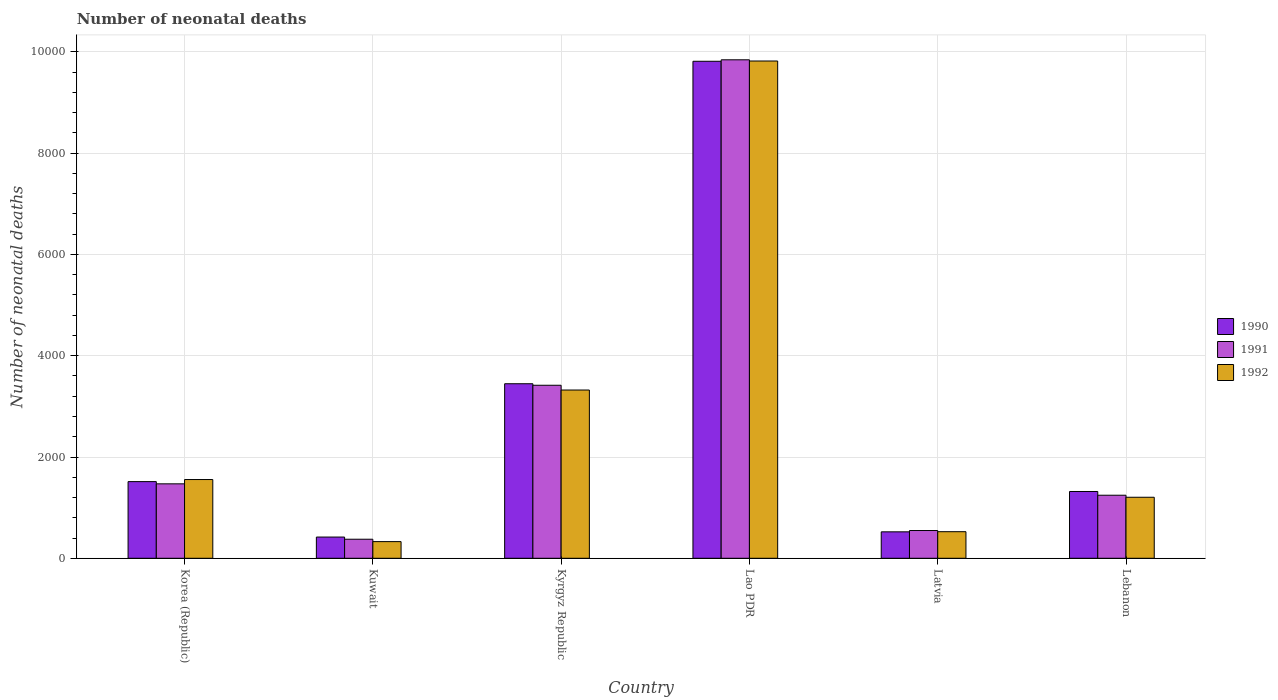
| Country | 1990 | 1991 | 1992 |
 | --- | --- | --- | --- |
 | Korea (Republic) | 1.51e+03 | 1.47e+03 | 1.56e+03 |
 | Kuwait | 419 | 376 | 329 |
 | Kyrgyz Republic | 3.45e+03 | 3.42e+03 | 3.32e+03 |
 | Lao PDR | 9.82e+03 | 9.84e+03 | 9.82e+03 |
 | Latvia | 522 | 548 | 525 |
 | Lebanon | 1.32e+03 | 1.24e+03 | 1.20e+03 |